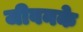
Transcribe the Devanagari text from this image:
जीवनके